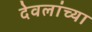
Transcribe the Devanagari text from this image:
देवलांच्या